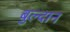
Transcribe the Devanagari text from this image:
बुल्दान